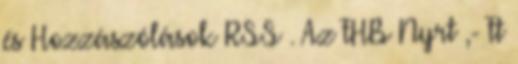
és Hozzászólások RSS . Az FHB Nyrt ,- Ft